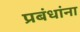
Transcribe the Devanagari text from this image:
प्रबंधांना